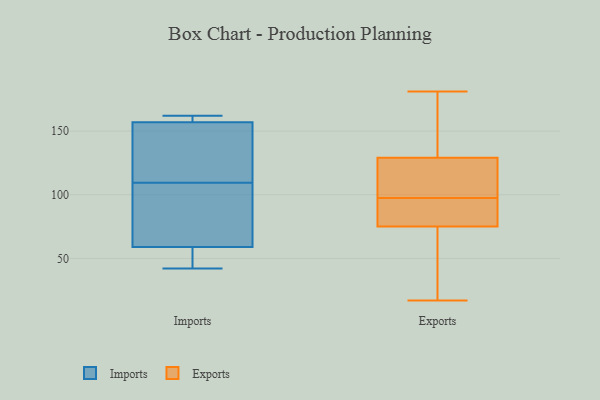
{"axis": {"x": "Revenue (USD Million)", "y": "Value"}, "legend": ["Exports", "Imports"], "data": [{"x": "", "y": 161, "type": "Imports"}, {"x": "", "y": 42, "type": "Imports"}, {"x": "", "y": 53, "type": "Imports"}, {"x": "", "y": 154, "type": "Imports"}, {"x": "", "y": 109, "type": "Imports"}, {"x": "", "y": 59, "type": "Imports"}, {"x": "", "y": 157, "type": "Imports"}, {"x": "", "y": 110, "type": "Imports"}, {"x": "", "y": 162, "type": "Imports"}, {"x": "", "y": 85, "type": "Imports"}, {"x": "", "y": 80, "type": "Exports"}, {"x": "", "y": 147, "type": "Exports"}, {"x": "", "y": 75, "type": "Exports"}, {"x": "", "y": 146, "type": "Exports"}, {"x": "", "y": 101, "type": "Exports"}, {"x": "", "y": 17, "type": "Exports"}, {"x": "", "y": 65, "type": "Exports"}, {"x": "", "y": 129, "type": "Exports"}, {"x": "", "y": 24, "type": "Exports"}, {"x": "", "y": 181, "type": "Exports"}, {"x": "", "y": 126, "type": "Exports"}, {"x": "", "y": 124, "type": "Exports"}, {"x": "", "y": 83, "type": "Exports"}, {"x": "", "y": 94, "type": "Exports"}]}